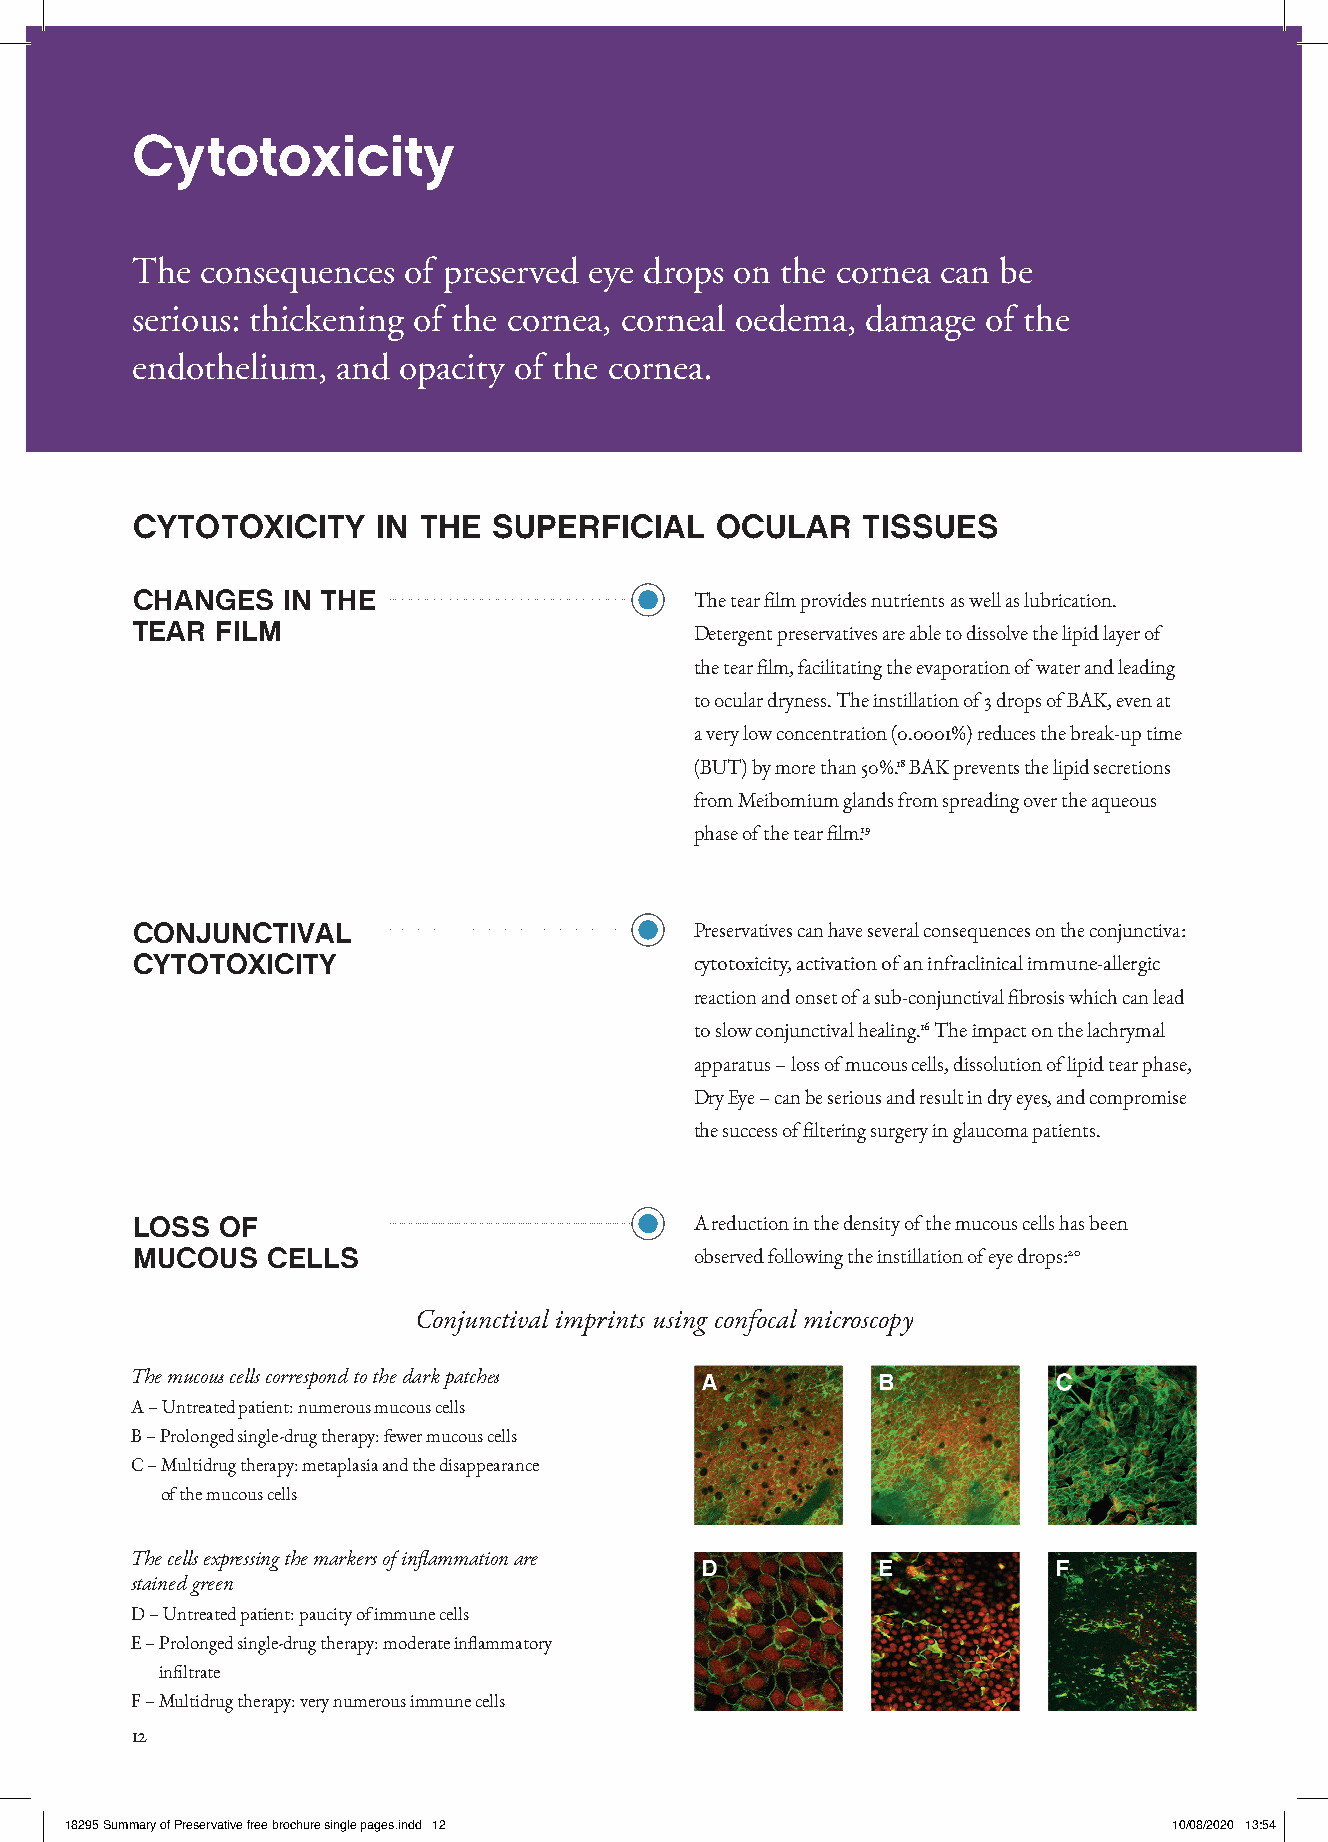
Cytotoxicity
 The consequences  of preserved eye drops on the cornea can be
 serious: thickening of the cornea, corneal oedema, damage of the
 endothelium, and opacity of the cornea.
 CYTOTOXICITY    IN THE  SUPERFICIAL   OCULAR    TISSUES
 CHANGES   IN THE                     The tear film provides nutrients as well as lubrication.
 TEAR FILM
 Detergent preservatives are able to dissolve the lipid layer of
 the tear film, facilitating the evaporation of water and leading
 to ocular dryness. The instillation of 3 drops of BAK, even at
 a very low concentration (0.0001%) reduces the break-up time
 (BUT) by more than 50%.18 BAK prevents the lipid secretions
 from Meibomium glands from spreading over the aqueous
 phase of the tear film.19
 CONJUNCTIVAL                         Preservatives can have several consequences on the conjunctiva:
 CYTOTOXICITY                         cytotoxicity, activation of an infraclinical immune-allergic
 reaction and onset of a sub-conjunctival fibrosis which can lead
 to slow conjunctival healing.16 The impact on the lachrymal
 apparatus – loss of mucous cells, dissolution of lipid tear phase,
 Dry Eye – can be serious and result in dry eyes, and compromise
 the success of filtering surgery in glaucoma patients.
 LOSS OF                              A reduction in the density of the mucous cells has been
 MUCOUS   CELLS                       observed following the instillation of eye drops:20
 Conjunctival imprints using confocal microscopy
 The mucous cells correspond to the dark patches
 A – U ntreated patient: numerous mucous cells
 B – Prolonged single-drug therapy: fewer mucous cells
 C – Multidrug therapy: metaplasia and the disappearance
 of the mucous cells
 The cells expressing the markers of inflammation are
 stained green
 D – Untreated patient: paucity of immune cells
 E – Prolonged single-drug therapy: moderate inflammatory
 infiltrate
 F – Multidrug therapy: very numerous immune cells
 12
 1188229955 SSuummmmaarryy ooff PPrreesseerrvvaattiivvee ffrreeee bbrroocchhuurree ssiinnggllee ppaaggeess..iinndddd 1122 1100//0088//22002200 1133::5544